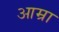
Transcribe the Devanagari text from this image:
आम्रा